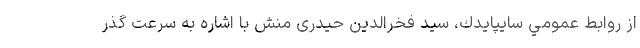
از روابط عمومي سايپايدك، سید فخرالدین حیدری منش با اشاره به سرعت گذر